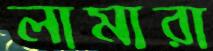
লামারা